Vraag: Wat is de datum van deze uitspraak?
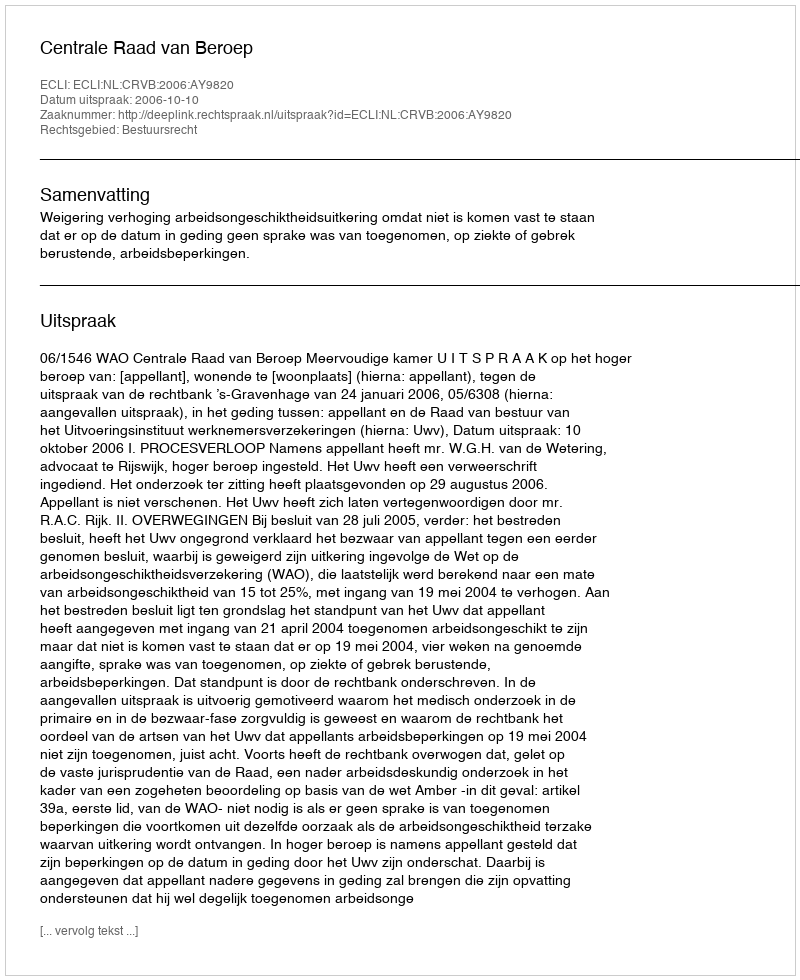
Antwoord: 2006-10-10